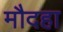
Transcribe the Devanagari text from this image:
मौदहा